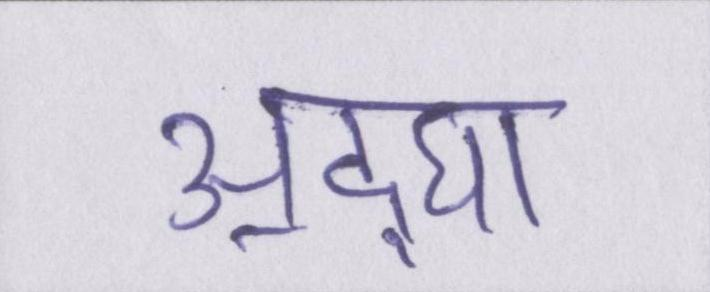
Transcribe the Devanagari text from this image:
अ॒द्घा